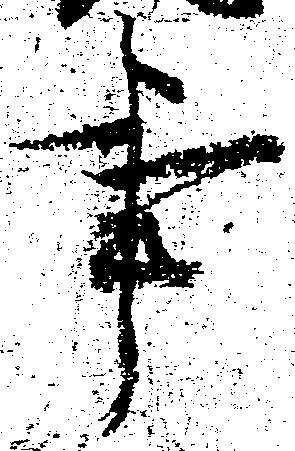
事